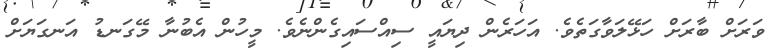
ވަރަށް ބާރަށް ހަޅޭލަވާގަތެވެ. އަހަރެން ދިޔައީ ސިއްސައިގެންނެވެ. މީހުން އެބުނާ މޭގަނޑު އަނގަޔަށް